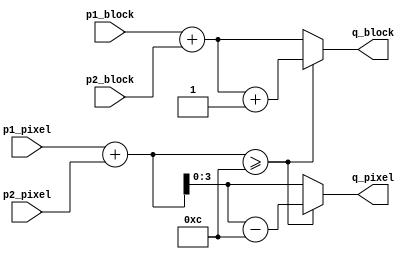
module BlockPosAdder(
	input [5:0] p1_block,
	input [3:0] p1_pixel,
	input [5:0] p2_block,
	input [3:0] p2_pixel,
	output reg [5:0] q_block,
	output reg [3:0] q_pixel
);
	reg [4:0] pixel_sum;
	always @(*) begin
		pixel_sum = {1'b0, p1_pixel} + p2_pixel;
		if (pixel_sum >= 4'd12) begin
			q_pixel = pixel_sum - 4'd12;
			q_block = p1_block + p2_block + 1'b1;
		end
		else begin
			q_pixel = pixel_sum;
			q_block = p1_block + p2_block;
		end
	end
endmodule

module VideoScanlineMemory(
	input [7:0] address,
	input clock,
	input [11:0] data,
	input wren,
	output reg [11:0] q
);
	reg [11:0] mem[255:0];
	always @(posedge clock) begin
		if (wren) mem[address] <= data;
		q <= mem[address];
	end
endmodule

module PixelTranslator(
	input mode,
	input [5:0] in_a,
	input [5:0] in_b,
	output reg [11:0] out_a,
	output reg [11:0] out_b
);
	integer i;
	always @(*) begin
		if (mode) begin
			for (i = 0; i < 6; i = i + 2) begin
				out_a[2*i +: 4] = {2{in_a[i +: 2]}};
				out_b[2*i +: 4] = {2{in_b[i +: 2]}};
			end
		end
		else begin
			for (i = 0; i < 6; i = i + 1) begin
				out_a[2*i +: 2] = {1'b0, in_a[i]};
				out_b[2*i +: 2] = {1'b1, in_b[i]};
			end
		end
	end
endmodule

module VideoGenerator(
	input clk,
	input rst,
	output reg [13:0] vmem_addr,
	input [11:0] vmem_data,
	output [11:0] video_rgb,
	output video_hsync,
	output reg video_vsync
);
	
	reg [9:0] vga_x; // x = 0.1023
	reg [9:0] vga_y; // y = 0..624
	
	reg [5:0] x_block; // x_block = 0..63
	wire [5:0] x_block_next = x_block + 6'd1;
	reg [3:0] x_pixel; // x_pixel = 0..11
	reg [5:0] y_block_base; // y_block = 0..47
	reg [3:0] y_pixel_base; // y_pixel = 0..11
	wire [5:0] y_block;
	wire [3:0] y_pixel;
	
	reg [11:0] video_color;
	wire vga_y_wrap = (vga_y == 624);
	wire [9:0] next_vga_y = vga_y_wrap ? 10'd0 : (vga_y + 10'd1);
	wire video_vsync_line = (vga_y >= 571) & (vga_y < 573);
	wire video_active = (vga_x >= 304) & (vga_y < 540);
	assign video_hsync = (vga_x >= 64) & (vga_x < 136);
	assign video_rgb = video_color & {12{video_active}};
	
	reg [7:0] scmem_addr;
	reg [11:0] scmem_data_in;
	reg scmem_write = 1'b0;
	wire [11:0] scmem_data_out;	
	reg [11:0] disp_pixels;
	
	reg [11:0] mode_select;
	reg [23:0] palette_indices;
	reg [5:0] read_pixels_a;
	reg [5:0] read_pixels_b;
	wire [11:0] read_pixels_dec_a;
	wire [11:0] read_pixels_dec_b;
	
	wire color_mode = mode_select[11];
	wire [5:0] x_block_start = {4'b0, mode_select[4:3]};
	wire [3:0] x_pixel_start = {mode_select[2:0], 1'b0};
	wire [5:0] y_block_start = {4'b0, mode_select[10:9]};
	wire [3:0] y_pixel_start = {mode_select[8:6], 1'b0};
	
	
	BlockPosAdder y_pos_adder(
		.p1_block(y_block_base),
		.p1_pixel(y_pixel_base),
		.p2_block(y_block_start),
		.p2_pixel(y_pixel_start),
		.q_block(y_block),
		.q_pixel(y_pixel)
	);
	
	VideoScanlineMemory scmem(
		.address(scmem_addr),
		.clock(clk),
		.data(scmem_data_in),
		.wren(scmem_write),
		.q(scmem_data_out)
	);
	
	PixelTranslator px_trans(
		.mode(color_mode),
		.in_a(read_pixels_a),
		.in_b(read_pixels_b),
		.out_a(read_pixels_dec_a),
		.out_b(read_pixels_dec_b)
	);
	
	always @(posedge clk or negedge rst) begin : vga_timing
		if (!rst) begin
			vga_x <= 10'b0;
			vga_y <= 10'b0;
		end
		else begin
			vga_x <= vga_x + 10'b1;
			if (vga_x == 1023) begin
				vga_y <= next_vga_y;
			end
			if (vga_x == 63) begin
				video_vsync <= video_vsync_line;
			end
		end
	end
	
	always @(posedge clk or negedge rst) begin : block_pixel_coords
		if (!rst) begin
		end
		else begin
			if (vga_x == 289) begin
				x_pixel <= x_pixel_start;
				x_block <= x_block_start - 6'd1;
			end
			else if (x_pixel >= 11) begin
				x_pixel <= 4'b0;
				x_block <= x_block + 6'b1;
			end
			else begin
				x_pixel <= x_pixel + 4'b1;
			end
			if (vga_x == 1023) begin
				if (vga_y_wrap) begin
					y_block_base <= 6'b0;
					y_pixel_base <= 4'b0;
				end
				else if (y_pixel_base >= 11) begin
					y_block_base <= y_block_base + 6'b1;
					y_pixel_base <= 4'b0;
				end
				else begin
					y_pixel_base <= y_pixel_base + 4'b1;
				end
			end
		end
	end
	
	wire [4:0] prev_read_block = vga_x[7:3] - 5'b1;
	
	always @(*) begin : scmem_addressing
		scmem_addr = 8'b0;
		scmem_write = 1'b0;
		scmem_data_in = 12'b0;
		if (vga_x >= 290) begin
			if (~x_pixel[0]) begin
				scmem_addr = {1'b0, x_block[5:1], disp_pixels[2 * x_pixel[3:1] +: 2]};
			end
			else if (x_pixel == 9) begin
				scmem_addr = {2'b10, x_block_next};
			end
		end
		else if (vga_x <= 256 & ~vga_y[0]) begin
			case (vga_x[2:0])
				3'b011: begin // Store pixel data 0
					scmem_write = 1'b1;
					scmem_addr = {2'b10, vga_x[7:3], 1'b0};
					scmem_data_in = read_pixels_dec_a;
				end
				3'b100: begin // Store pixel data 1
					scmem_write = 1'b1;
					scmem_addr = {2'b10, vga_x[7:3], 1'b1};
					scmem_data_in = read_pixels_dec_b;
				end
				3'b101: begin // Store palette color 0
					scmem_write = 1'b1;
					scmem_addr = {1'b0, vga_x[7:3], 2'b00};
					scmem_data_in = vmem_data;
				end
				3'b110: begin // Store palette color 1
					scmem_write = 1'b1;
					scmem_addr = {1'b0, vga_x[7:3], 2'b01};
					scmem_data_in = vmem_data;
				end
				3'b111: begin // Store palette color 2
					scmem_write = 1'b1;
					scmem_addr = {1'b0, vga_x[7:3], 2'b10};
					scmem_data_in = vmem_data;
				end
				3'b000: begin // Store palette color 3
					scmem_write = 1'b1;
					scmem_addr = {1'b0, prev_read_block, 2'b11};
					scmem_data_in = vmem_data;
				end
				default: scmem_write = 1'b0;
			endcase
		end
	end

	always @(posedge clk) begin : scmem_display
		if (x_pixel[0]) begin
			video_color <= scmem_data_out;
		end
		else if (x_pixel == 10) begin
			disp_pixels <= scmem_data_out;
		end
	end
	
	always @(*) begin : vmem_addressing
		vmem_addr = 14'b0;
		if (~vga_y[0]) begin
			if (vga_x < 256) begin
				casez (vga_x[2:0])
				3'b000: vmem_addr = {y_block, vga_x[7:3], 1'b0, y_pixel[3:2]};
				3'b001: vmem_addr = {y_block, vga_x[7:3], 1'b1, y_pixel[3:2]};
				3'b010: vmem_addr = {y_block, vga_x[7:3], 3'b011};
				3'b011: vmem_addr = {y_block, vga_x[7:3], 3'b111};
				3'b1zz: vmem_addr = {8'b11000000, palette_indices[6 * vga_x[1:0] +: 6]};
				endcase
			end
			else if (vga_x == 256) begin
				vmem_addr = 14'o30100;
			end
		end
	end
	
	always @(posedge clk) begin : vmem_store_results
		if (~vga_y[0]) begin
			if (vga_x <= 256) begin
				casez (vga_x[2:0])
				3'b001: read_pixels_a <= vmem_data[6 * y_pixel[1] +: 6];
				3'b010: read_pixels_b <= vmem_data[6 * y_pixel[1] +: 6];
				3'b011: palette_indices[11:0] <= vmem_data;
				3'b100: palette_indices[23:12] <= vmem_data;
				endcase
			end
			else if (vga_x == 257) begin
				mode_select <= vmem_data;
			end
		end
	end
endmodule